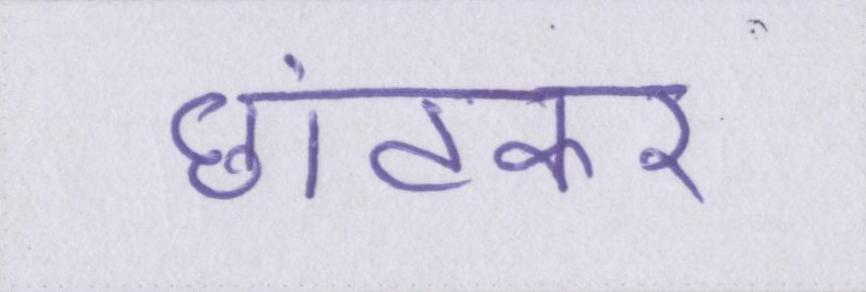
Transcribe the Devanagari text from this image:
छांटकर